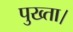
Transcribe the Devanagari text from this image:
पुख्ता।